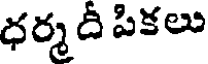
ధర్మ దీ పికలు